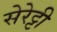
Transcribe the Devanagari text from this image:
सेरेट्टी